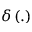
\delta \left( . \right)